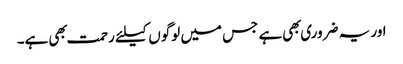
اور یہ ضروری بهی ہے جس میں لوگوں کیلئے رحمت بهی ہے۔